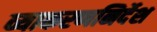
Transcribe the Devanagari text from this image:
व्याकरणनिर्देश